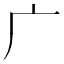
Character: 广